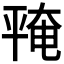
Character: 𪪅